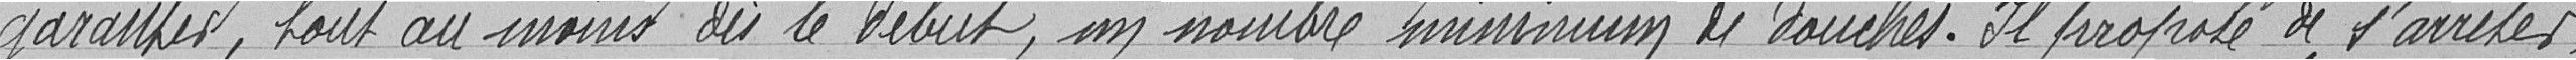
garantir, tout au moins dès le début, un nombre minimum de douches. Il propose de s'arrêter